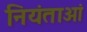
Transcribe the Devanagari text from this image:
नियंताओं